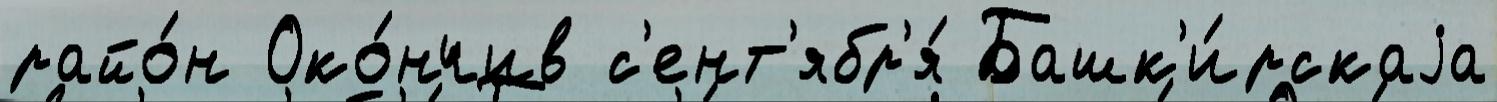
райо́н Око́нчив с'ент'ябр'я́ Башк'и́рскаjа